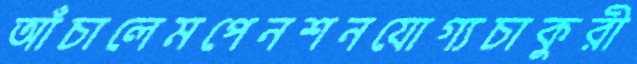
আঁচালেমপেনশনযোগ্যচাকুরী